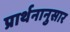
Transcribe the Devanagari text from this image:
प्रार्थनानुसार